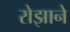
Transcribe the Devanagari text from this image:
रोझाने